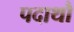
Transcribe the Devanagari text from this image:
पदाथौ